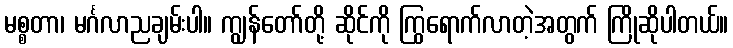
မစ္စတာ၊ မင်္ဂလာညချမ်းပါ။ ကျွန်တော်တို့ ဆိုင်ကို ကြွရောက်လာတဲ့အတွက် ကြိုဆိုပါတယ်။